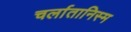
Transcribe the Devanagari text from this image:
चर्लातानिस्म